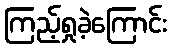
ကြည့်ရှုခဲ့ကြောင်း